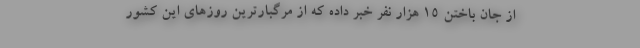
از جان باختن 15 هزار نفر خبر داده که از مرگبارترین روزهای این کشور